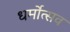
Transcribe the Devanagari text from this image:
धर्मोत्सव